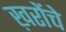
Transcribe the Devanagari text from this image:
ख़रोंचे